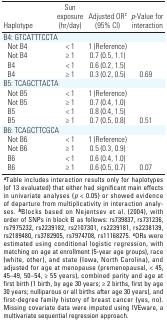
| Haplotype | Sun exposure (hr/day) | Adjusted ORc (95% CI) | p‐Value for inter­action |
 | --- | --- | --- | --- |
 | B4: GTCATTTCCTA |
 | Not B4 | < 1 | 1 (Reference) |
 | Not B4 | ≥ 1 | 0.7 (0.5, 1.1) |
 | B4 | < 1 | 0.6 (0.2, 1.5) |
 | B4 | ≥ 1 | 0.3 (0.2, 0.5) | 0.69 |
 | B5: TCAGCTTACTA |
 | Not B5 | < 1 | 1 (Reference) |
 | Not B5 | ≥ 1 | 0.7 (0.4, 1.0) |
 | B5 | < 1 | 0.8 (0.4, 1.5) |
 | B5 | ≥ 1 | 0.7 (0.5, 0.8) | 0.51 |
 | B6: TCAGCTTCGCA |
 | Not B6 | < 1 | 1 (Reference) |
 | Not B6 | ≥ 1 | 0.5 (0.3, 0.9) |
 | B6 | < 1 | 0.6 (0.4, 1.0) |
 | B6 | ≥ 1 | 0.6 (0.5, 0.7) | 0.07 |